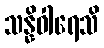
သန္နိဝါရေသိ